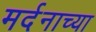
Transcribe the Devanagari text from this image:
मर्दनाच्या